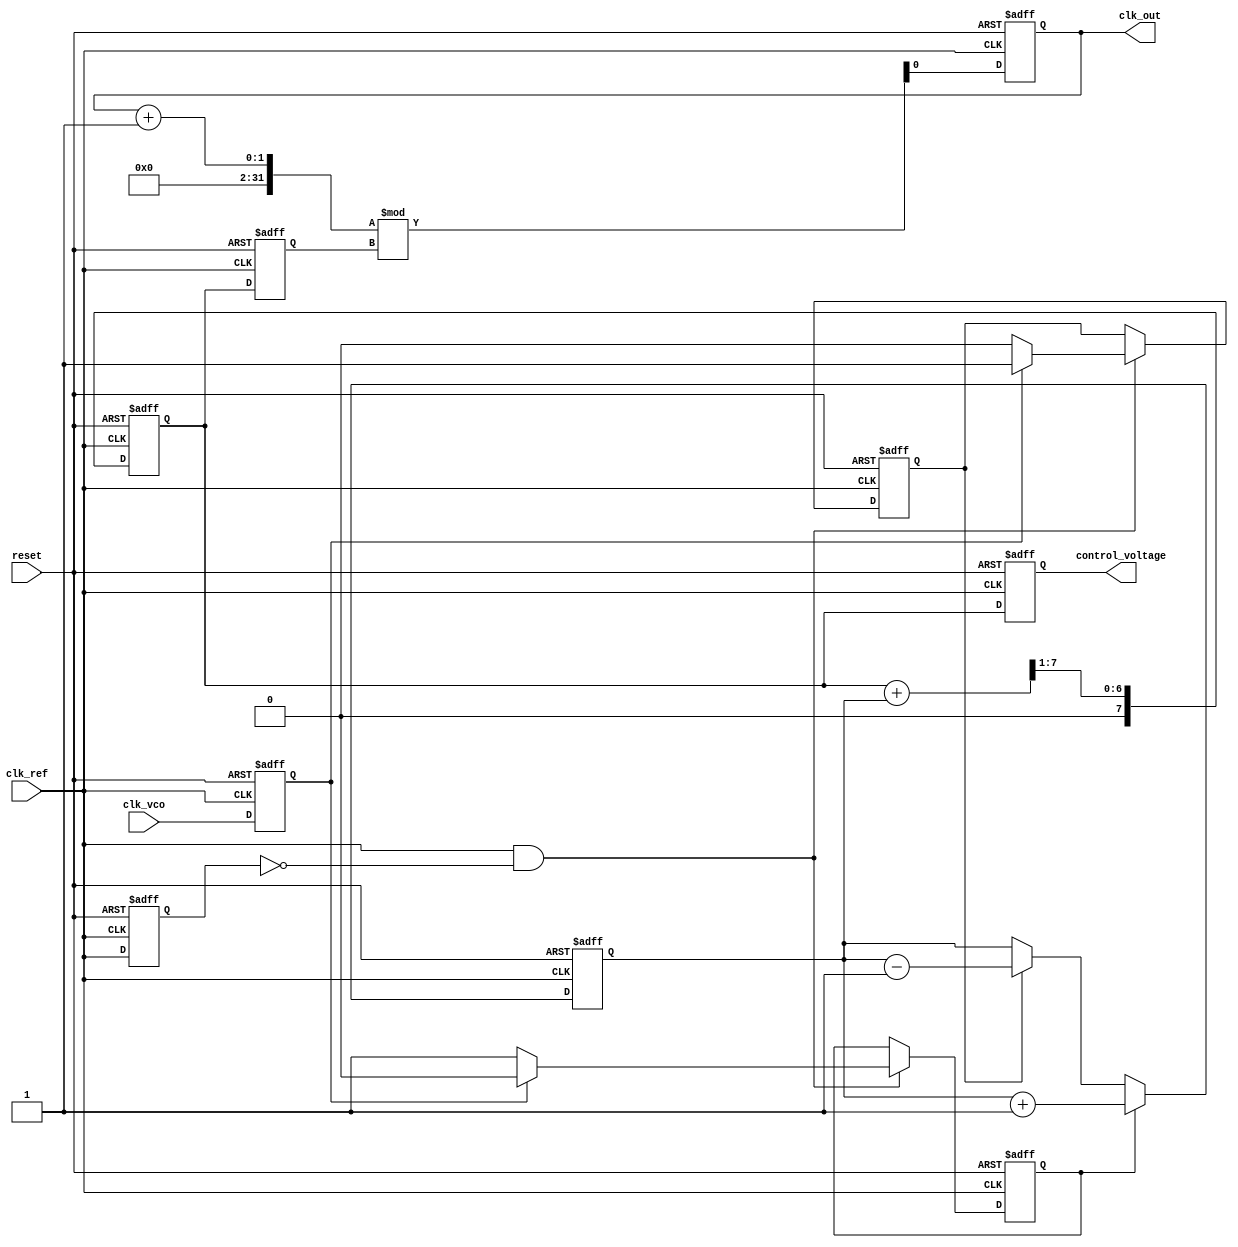
module cp_pll (
    input wire clk_ref,          // Reference clock input
    input wire clk_vco,          // VCO output clock
    input wire reset,            // Asynchronous reset
    output reg clk_out,          // Output clock
    output reg [7:0] control_voltage // Control voltage for VCO
);

// Phase Detector Signals
reg up, down;
reg last_clk_ref, last_clk_vco;

// Charge Pump Signals
reg [7:0] charge_pump_output;

// Loop Filter (Simple RC filter approximation)
reg [7:0] loop_filter_output;

// Voltage-Controlled Oscillator (VCO)
reg [7:0] vco_frequency;

// Feedback Divider
parameter DIV_RATIO = 4; // Example division ratio
reg [1:0] divider_count;
reg clk_feedback;

// Phase Detector
always @(posedge clk_ref or posedge reset) begin
    if (reset) begin
        up <= 0;
        down <= 0;
        last_clk_ref <= 0;
        last_clk_vco <= 0;
    end else begin
        // Edge detection for phase comparison
        if (clk_ref && !last_clk_ref) begin
            if (last_clk_vco) begin
                down <= 1; // VCO is ahead
                up <= 0;
            end else begin
                up <= 1; // VCO is behind
                down <= 0;
            end
        end
        last_clk_ref <= clk_ref;
        last_clk_vco <= clk_vco;
    end
end

// Charge Pump
always @(posedge clk_ref or posedge reset) begin
    if (reset) begin
        charge_pump_output <= 0;
    end else begin
        if (up) begin
            charge_pump_output <= charge_pump_output + 1; // Increment
        end else if (down) begin
            charge_pump_output <= charge_pump_output - 1; // Decrement
        end
    end
end

// Loop Filter (Simple low-pass filter)
always @(posedge clk_ref or posedge reset) begin
    if (reset) begin
        loop_filter_output <= 0;
    end else begin
        loop_filter_output <= (loop_filter_output + charge_pump_output) >> 1; // Simple averaging
    end
end

// Voltage-Controlled Oscillator (VCO)
always @(posedge clk_ref or posedge reset) begin
    if (reset) begin
        vco_frequency <= 0;
        clk_out <= 0;
    end else begin
        vco_frequency <= loop_filter_output; // Update frequency based on control voltage
        clk_out <= (clk_out + 1) % vco_frequency; // Generate output clock based on VCO frequency
    end
end

// Feedback Divider
always @(posedge clk_out or posedge reset) begin
    if (reset) begin
        divider_count <= 0;
        clk_feedback <= 0;
    end else begin
        if (divider_count == DIV_RATIO - 1) begin
            clk_feedback <= clk_out; // Feedback signal
            divider_count <= 0;
        end else begin
            divider_count <= divider_count + 1;
        end
    end
end

// Control Voltage Output
always @(posedge clk_ref or posedge reset) begin
    if (reset) begin
        control_voltage <= 0;
    end else begin
        control_voltage <= loop_filter_output; // Output control voltage
    end
end

endmodule